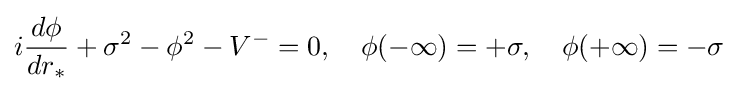
i{\frac {d\phi }{dr_{*}}}+\sigma ^{2}-\phi ^{2}-V^{-}=0,\quad \phi (-\infty )=+\sigma ,\quad \phi (+\infty )=-\sigma